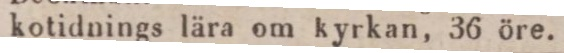
kotidnings lära om kyrkan, 36 öre.